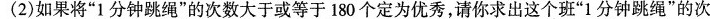
(2)如果将”1分钟跳绳”的次数大于或等于180个定为优秀，请你求出这个班”1分钟跳绳”的次